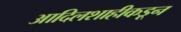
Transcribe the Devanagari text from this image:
आदिलशाहीकडून